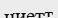
ниетт